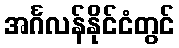
အင်္ဂလန်နိုင်ငံတွင်